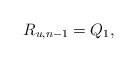
\begin{align*} R_{u,n-1}=Q_1,\end{align*}